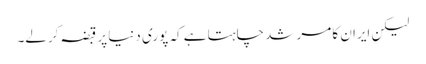
لیکن ایران کا مرشد چاہتا ہے کہ پوری دنیا پر قبضہ کرلے۔